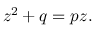
z ^ { 2 } + q = p z .